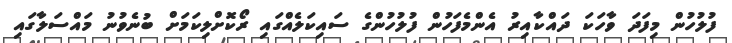
ފުލުހުން މިފަދަ ވާހަކަ ދައްކާއިރު އެންމެފަހުން ފުލުހުންގެ ސައިކަލެއްގައި ރޯކޮށްލިކަމަށް ބުނެވުނު މައްސަލާގައި